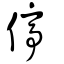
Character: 停